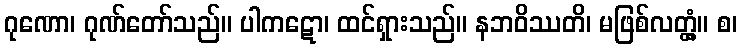
ဂုဏော၊ ဂုဏ်တော်သည်။ ပါကဋော၊ ထင်ရှားသည်။ နဘဝိဿတိ၊ မဖြစ်လတ္တံ့။ စ၊